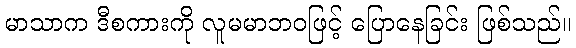
မာသာက ဒီစကားကို လူမမာဘဝဖြင့် ပြောနေခြင်း ဖြစ်သည်။